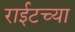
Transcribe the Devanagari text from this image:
राईटच्या